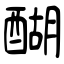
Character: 醐